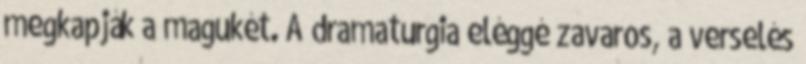
megkapják a magukét. A dramaturgia eléggé zavaros, a verselés